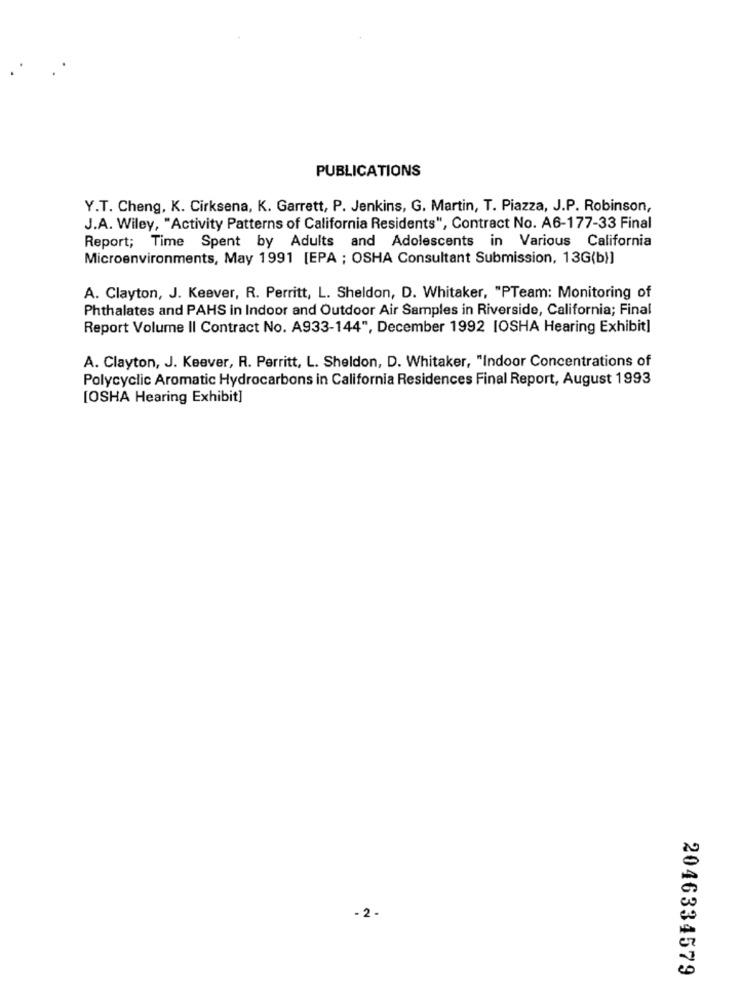
PUBLICATIONS
Y.T. Cheng, K. Cirksena, K. Garrett, P. Jenkins, G. Martin, T. Piazza, J.P. Robinson,
J.A. Wiley, "Activity Patterns of California Residents", Contract No. A6-177-33 Final
Report; Time Spent by Adults and Adolescents in Various California
Microenvironments, May 1991 [EPA ; OSHA Consultant Submission, 13G(b)]
A. Clayton, J. Keever, R. Perritt, L. Sheldon, D. Whitaker, "PTeam: Monitoring of
Phthalates and PAHS in Indoor and Outdoor Air Samples in Riverside, California; Final
Report Volume II Contract No. A933-144", December 1992 [OSHA Hearing Exhibit]
A. Clayton, J. Keever, R. Perritt, L. Sheldon, D. Whitaker, "Indoor Concentrations of
Polycyclic Aromatic Hydrocarbons in California Residences Final Report, August 1993
[OSHA Hearing Exhibit]
- 2 -
2046334579